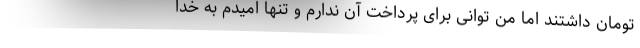
تومان داشتند اما من توانی برای پرداخت آن‌ ندارم و تنها امیدم به خدا